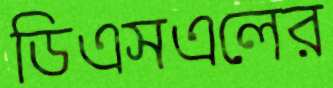
ডিএসএলের